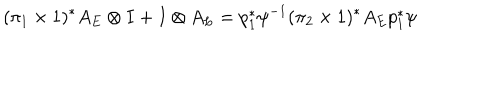
LaTeX: ( \pi _ { 1 } \times 1 ) ^ { * } A _ { E } \otimes I + I \otimes A _ { L } = p _ { 1 } ^ { * } \psi ^ { - 1 } ( \pi _ { 2 } \times 1 ) ^ { * } A _ { E } p _ { 1 } ^ { * } \psi